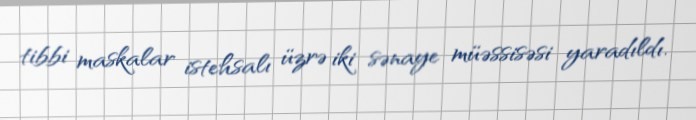
tibbi maskalar istehsalı üzrə iki sənaye müəssisəsi yaradıldı.